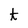
Character: t